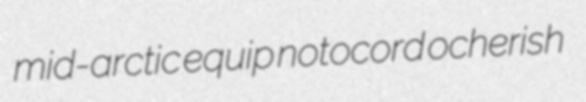
mid-arctic equip notocord ocherish